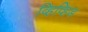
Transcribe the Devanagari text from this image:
व्हिव्हिड